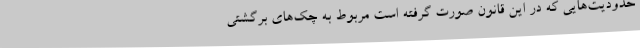
حدودیت‌هایی که در این قانون صورت گرفته است مربوط به چک‌های برگشتی